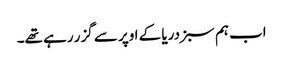
اب ہم سبز دریا کے اوپر سے گزر رہے تھے۔